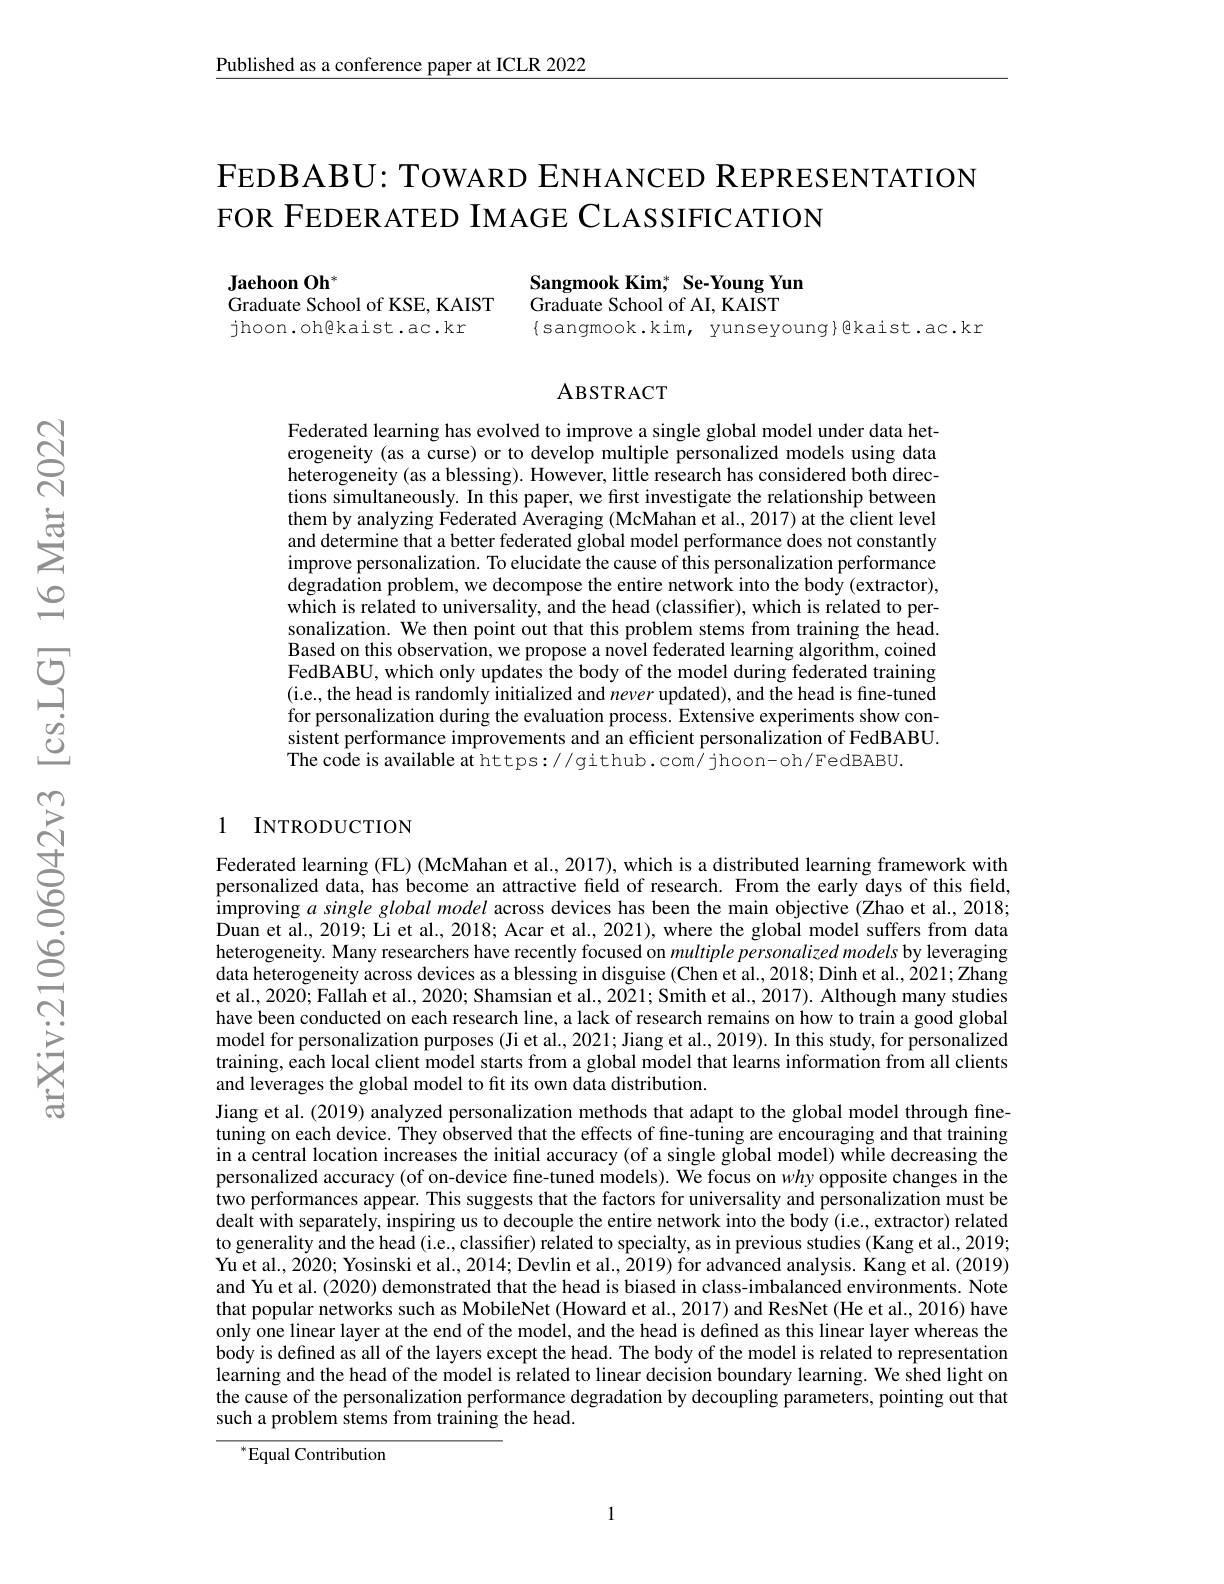
$\underline{\text{Published as a conference paper at ICLR 2022}}$

# FEDBABU: TOWARD ENHANCED REPRESENTATION FOR FEDERATED IMAGE CLASSIFICATION

$\mathbf{Jaehoon~Oh}^{*}$
Graduate School of KSE, KAIST

Sangmook Kim; Se-Young Yun
Graduate School of AI, KAIST
$\{$sangmook.kim, yunseyoung}@kaist.ac.kr

jhoon.oh@kaist.ac.kr

### ABSTRACT

Federated learning has evolved to improve a single global model under data heterogeneity (as a curse) or to develop multiple personalized models using data heterogeneity (as a blessing). However, little research has considered both directions simultaneously. In this paper, we first investigate the relationship between them by analyzing Federated Averaging (McMahan et al., 2017) at the client level and determine that a better federated global model performance does not constantly improve personalization. To elucidate the cause of this personalization performance degradation problem, we decompose the entire network into the body (extractor), which is related to universality, and the head (classifier), which is related to personalization. We then point out that this problem stems from training the head Based on this observation, we propose a novel federated learning algorithm, coined FedBABU, which only updates the body of the model during federated training (i.e., the head is randomly initialized and $\dot{n} \textit{ever updated) , and the head is fine- tuned}$ for personalization during the evaluation process. Extensive experiments show con- $\hat{\text{sistent performance improvements and an efficient personalization of FedBABU}}.$ The code is available at https://github.com/ jhoon- oh/FedBABU.

### 1 INTRODUCTION

Federated learning (FL) (McMahan et al., 2017), which is a distributed learning framework with personalized data, has become an attractive field of research. From the early days of this field, improving $a$ single global model across devices has been the main objective (Zhao et al., 2018; Duan et al., 2019; Li et al., 2018; Acar et al., 2021), where the global model suffers from data heterogeneity. Many researchers have recently focused on multiple personalized models by leveraging data heterogeneity across devices as a blessing in disguise (Chen et al., 2018; Dinh et al., 2021; Zhang et al., 2020; Fallah et al., 2020; Shamsian et al., 2021; Smith et al., 2017). Although many studies have been conducted on each research line, a lack of research remains on how to train a good global model for personalization purposes (Ji et al., 2021; Jiang et al., 2019). In this study, for personalized training, each local client model starts from a global model that learns information from all clients and leverages the global model to fit its own data distribution.
Jiang et al. (2019) analyzed personalization methods that adapt to the global model through finetuning on each device. They observed that the effects of fine-tuning are encouraging and that training in a central location increases the initial accuracy (of a single global model) while decreasing the personalized accuracy (of on-device fine-tuned models). We focus on why opposite changes in the two performances appear. This suggests that the factors for universality and personalization must be dealt with separately, inspiring us to decouple the entire network into the body (i.e., extractor) related to generality and the head (i.e., classifier) related to specialty, as in previous studies (Kang et al., 2019; Yu et al., 2020; Yosinski et al., 2014; Devlin et al., 2019) for advanced analysis. Kang et al. (2019) and Yu et al. (2020) demonstrated that the head is biased in class-imbalanced environments. Note that popular networks such as MobileNet (Howard et al., 2017) and ResNet (He et al. 2016) have only one linear layer at the end of the model, and the head is defined as this linear layer whereas the body is defined as all of the layers except the head. The body of the model is related to representation learning and the head of the model is related to linear decision boundary learning. We shed light on the cause of the personalization performance degradation by decoupling parameters, pointing out that such a problem stems from training the head.

$^{*}$Equal Contribution

1